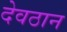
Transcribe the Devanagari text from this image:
देवठान